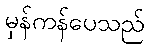
မှန်ကန်ပေသည်